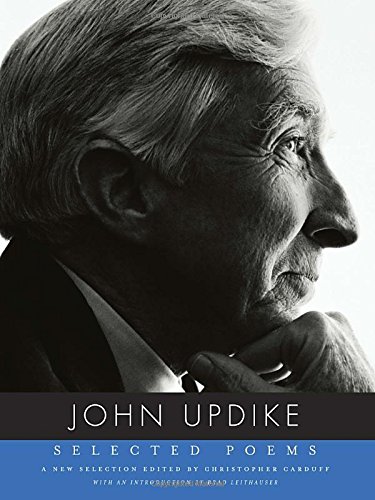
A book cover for Selected Poems; John Updike; Literature & Fiction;